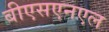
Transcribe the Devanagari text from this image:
बीएसएनएल